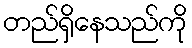
တည်ရှိနေသည်ကို